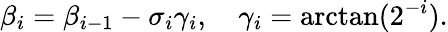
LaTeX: \beta_{i}=\beta_{i-1}-\sigma_{i}\gamma_{i},\quad\gamma_{i}=\arctan(2^{-i}).